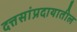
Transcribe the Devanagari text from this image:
दत्तसांप्रदायातील